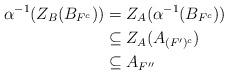
LaTeX: \begin{align*} \alpha^{-1}(Z_{B}(B_{F^{c}}))&=Z_{A}(\alpha^{-1}(B_{F^{c}}))\\ &\subseteq Z_{A}(A_{(F^{\prime})^{c}})\\ &\subseteq A_{F^{\prime \prime}} \end{align*}